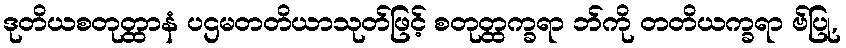
ဒုတိယစတုတ္ထာနံ ပဌမတတိယာသုတ်ဖြင့် စတုတ္ထက္ခရာ ဘ်ကို တတိယက္ခရာ ဗ်ပြု,